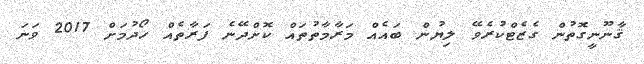
ޤާނޫނީގޮތުން ގެޒެޓްކުރެވޭ ލިޔުން ބައެއް މަރާމާތުތައް ކޮށްދޭނެ ފަރާތެއް ހޯދުމަށް 2017 ވަނަ